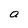
Character: a